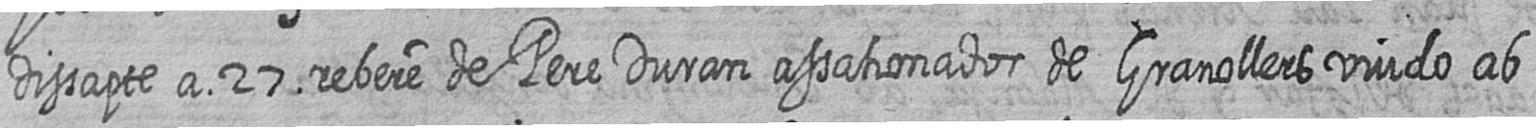
dissapte a 27 rebere de Pere Duran assahonador de Granollers viudo ab